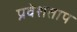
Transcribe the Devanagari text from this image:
प्रवेशताप